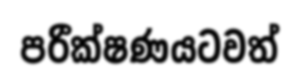
පරීක්ෂණයටවත්